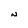
Character: N